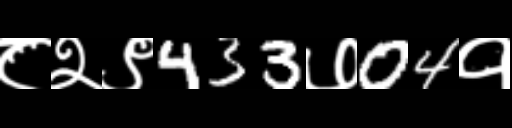
Text: ८२९433७04१